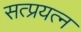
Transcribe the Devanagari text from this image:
सत्प्रयत्न